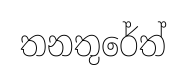
තනතුරේත්